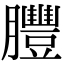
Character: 𦣂